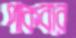
পাকবার